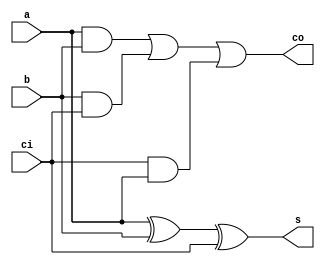
//////////////////////////////////////////////////////////////////////////////////
// Module Name: Full Adder (Data Flow)
// Description: 
// Revision:
// 26.05.2020 -> Revision 0.01 - Created
//////////////////////////////////////////////////////////////////////////////////

`timescale 1ns / 1ps

module fullAdder_DataFlow(
    input   a, b, ci,       // A, B and Carry Input
    output  s, co);          // S and Carry Out
    
    assign s = a ^ b ^ ci;
    assign co = (a & b) | (b & ci) | (ci & a);
    
endmodule